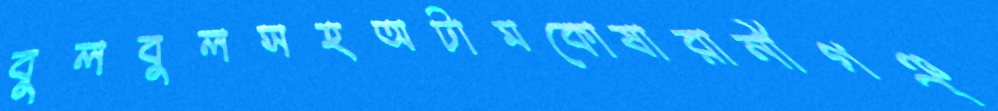
বুলবুলসহঅটামকোষারানীগঞ্